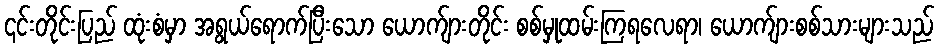
၎င်းတိုင်းပြည် ထုံးစံမှာ အရွယ်ရောက်ပြီးသော ယောက်ျားတိုင်း စစ်မှုထမ်းကြရလေရာ၊ ယောက်ျားစစ်သားများသည်